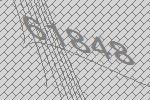
61848